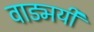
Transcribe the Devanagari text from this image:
वाड्मयी